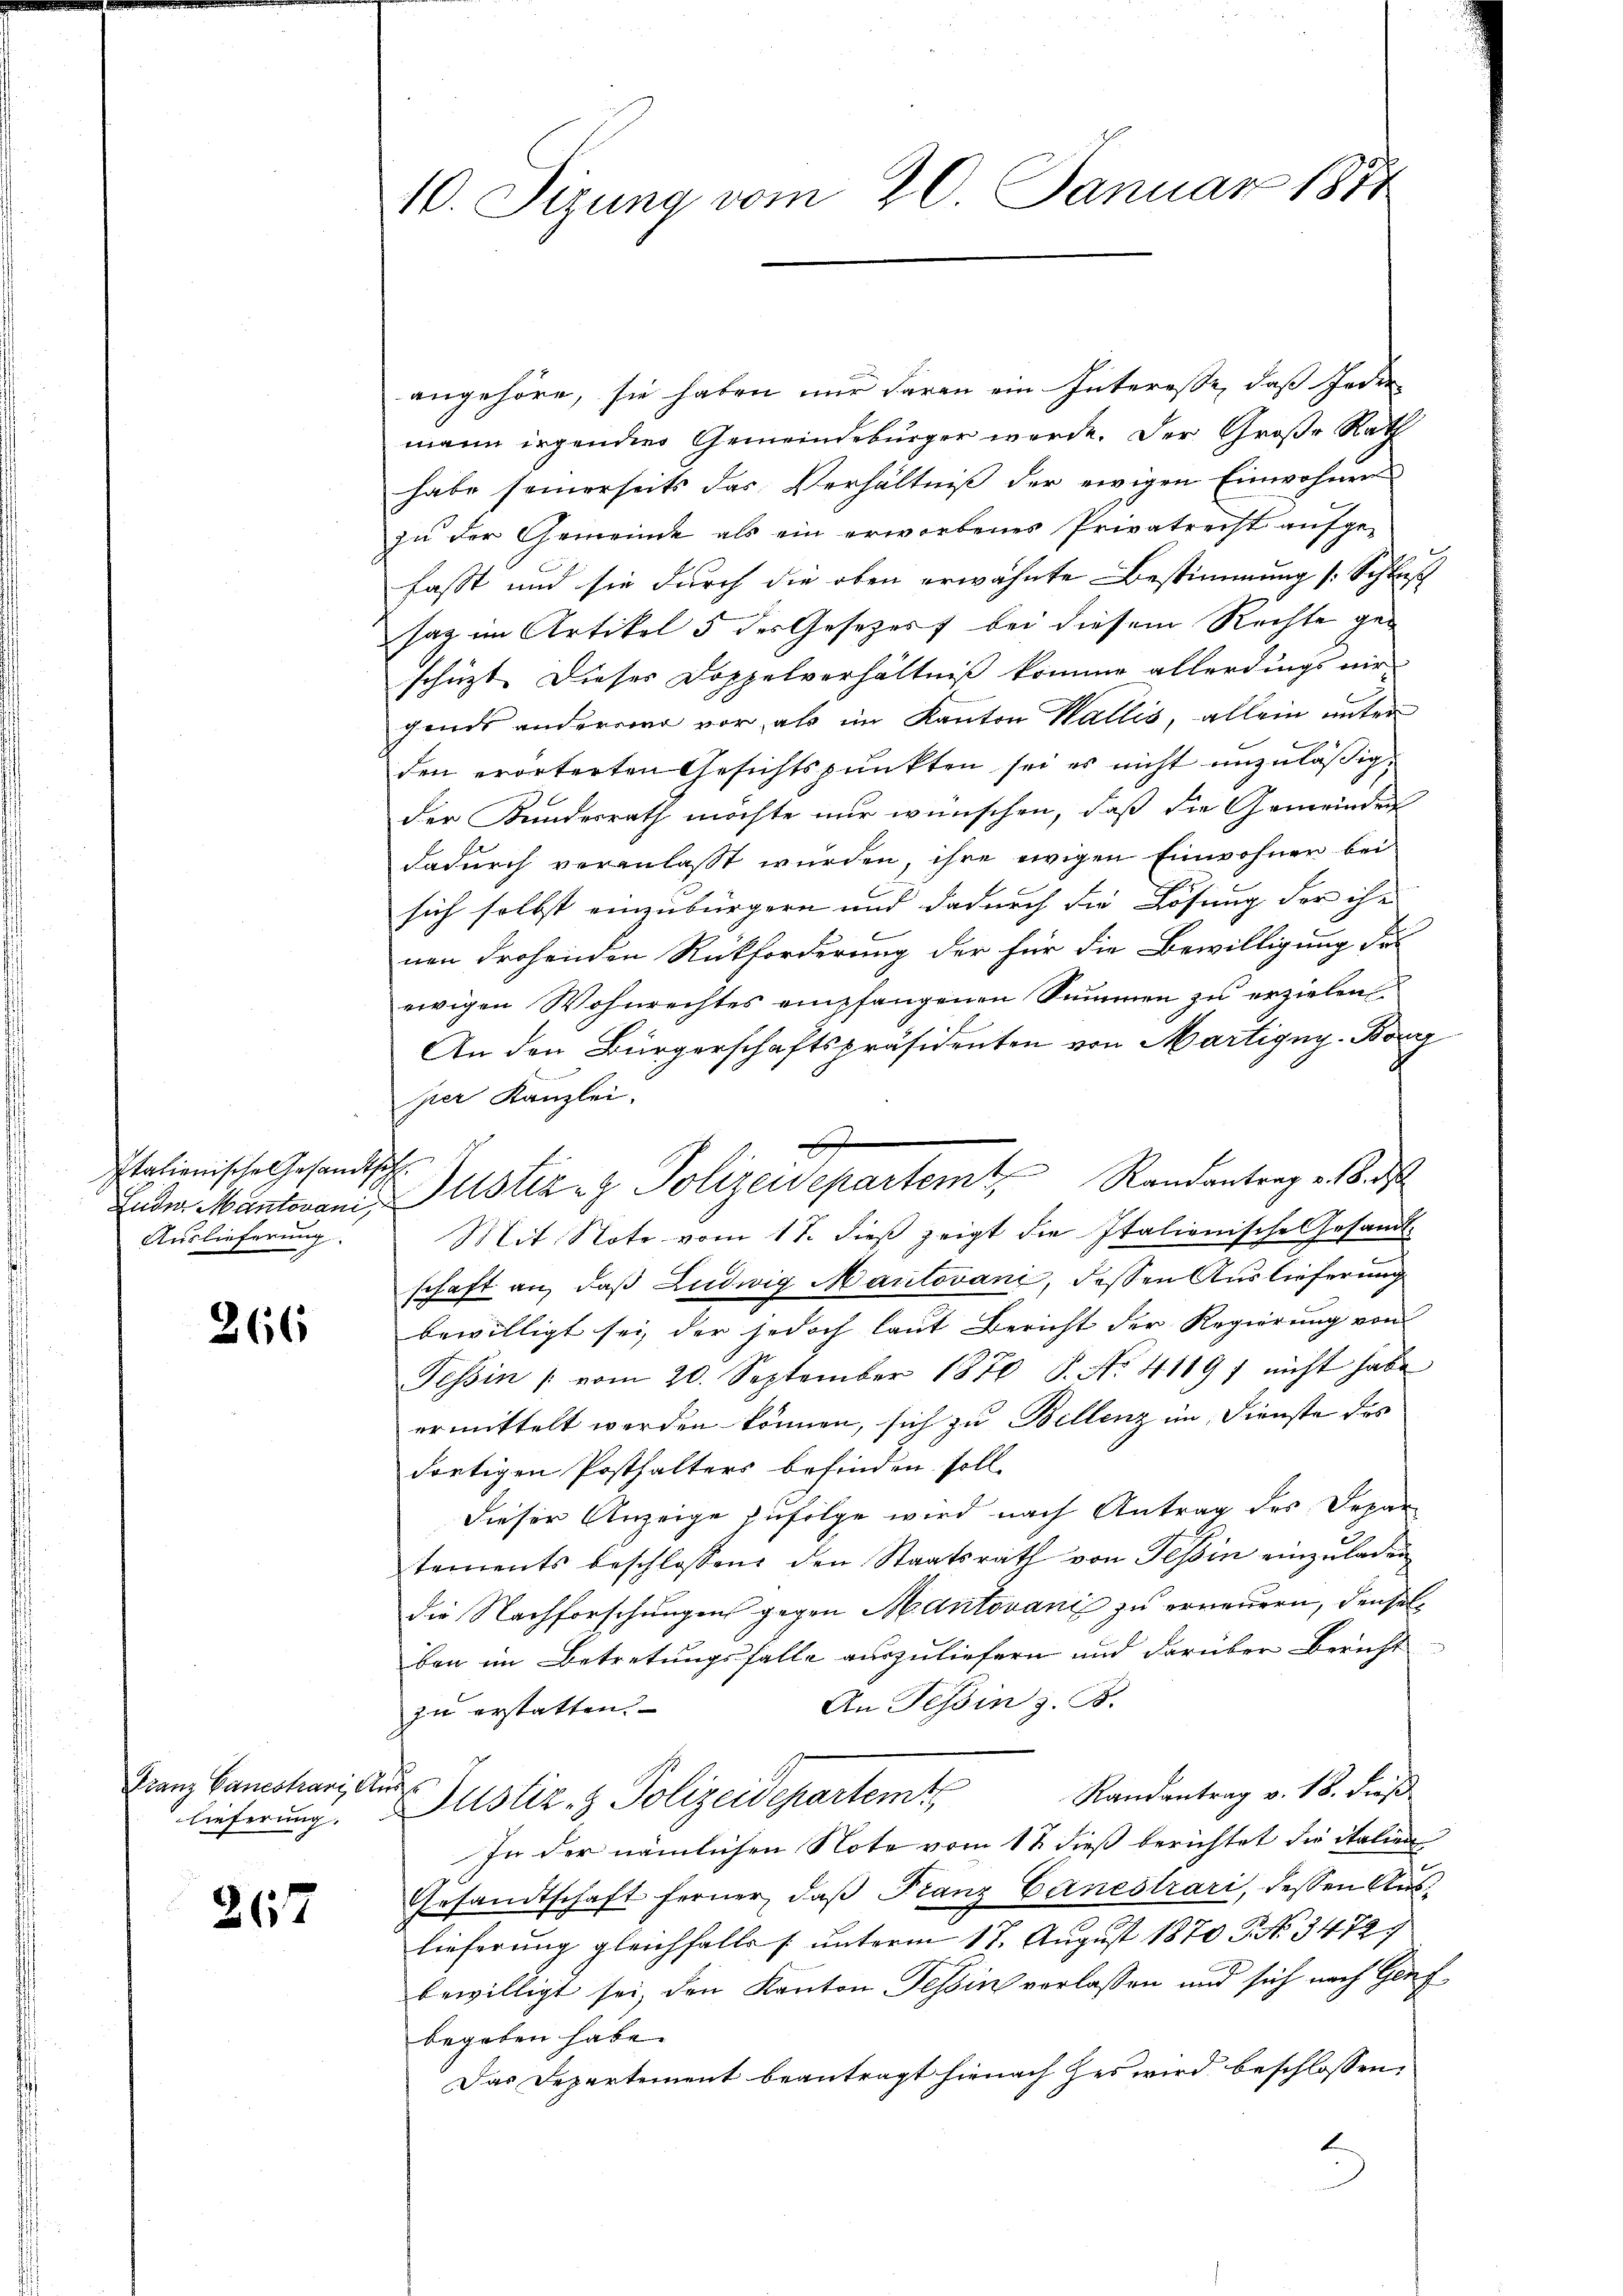
Italienische Gesandt
Auslieferung.

266

Franz Bauestrani, Ande
lieferung.

267

10. Sizung vom 20. Januar 1874

angehöre, sie haben nur daran ein Interesse, daß Jeder
mann irgenders Gemeindebürger werde. Der Große Rath
habe seinerseits das Verhältniß der ewigen Einwohnen
zŭ der Gemeinde als ein erworbenes Privatrecht aufge-
fasst und sie durch die oben erwähnte Bestimmung (: Schluß
sag im Artikel 5 des Gesezess bei diesem Rechte geschüzt. Dieses Doppelverhältniß komme allerdings nir
gends andererer vor als im Kanton Wallis, allein unter
den erörterten Gesichtspunkten sei es nicht unzuläßigder Kundesrath möchte nur wünschen, daß die Gemeinden
dadurch veranlasst wurden, ihre ewigen Einwohnen bei
sich selbst einzubürgern und dadurch die Lösung der ihr
nen drohenden Rückforderung der für die Bewilligung des
ewigen Wohnrechtes empfangenen Summen zu erzielen
An den Bürgerschaftspräsidenten von Martigug. Börg
pier Kanzlei.
Sch
Mit Note vom 17. dieß zeigt die Italionische Gesandt-
schaft an, daß Ludwig Mailovani, dessen Auslieferung
bewilligt sei, der jedoch laut Bericht der Regierung von
Tessin / vom 20. September 1870 P. Nr. 4119) nicht habe
ermittelt werden können, sich zu Bellenz im Dienste des
dortigen Posthalters befinden soll.
dieser Anzeige zufolge wird nach Antrag des Depar-
tements beschlossen den Staatsrath von Tessin einzŭladen
die Nachforschungen gegen Mantovanić zu erneuern, denselben im Betretungsfalle auszuliefern und darüber Bericht
An Tessin z. B.
zu erstatten.
Randantrag v. 18. dieß
Justiz- & Polizeidepartemt
In der nämlichen Note vom 18 dieß berichtet die italien
Gesandtschaft ferner, daß Franz Canestrari, dessen Auslieferung gleichfalls s. unterm 17. August 1870 P. No. 34727
bewilligt sei, den Kanton Tessin verlassen und sich nach Genf
begeben habe.
Das Departement beantragt hienach des wird beschlossen,

2
Fuder Mantenani, Justiz- & Polizeidepartemt, Randantrag v. 8. d